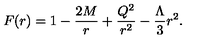
F ( r ) = 1 - { \frac { 2 M } { r } } + { \frac { Q ^ { 2 } } { r ^ { 2 } } } - { \frac { \Lambda } { 3 } } r ^ { 2 } .